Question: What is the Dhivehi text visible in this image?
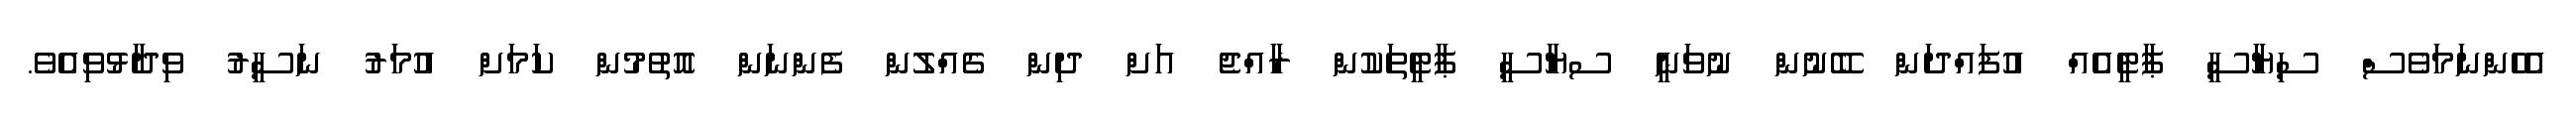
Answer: އެހެންނަމަވެސް ސިޔާސީ ޕާޓީއެއް އުފައްދަން ބޭނުން ނުވަނީ ސޔާސީ ޕާޓީތަކުން ރާއްޖެ އަށް ދިން ގެއްލުން ފެންނަން އޮތުމުން ކަމަށް އުމަރު ނަސީރު ވިދާޅުވިއެވެ.